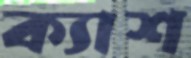
ক্যাশ